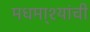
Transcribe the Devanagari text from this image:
मधमा्श्यांची